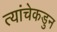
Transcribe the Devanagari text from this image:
त्यांचेकडुन